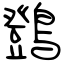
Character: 䳾